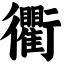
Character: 衢